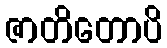
ဇာတိတောပိ